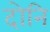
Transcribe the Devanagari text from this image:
दोनि